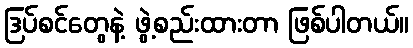
ဒြပ်စင်တွေနဲ့ ဖွဲ့စည်းထားတာ ဖြစ်ပါတယ်။